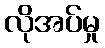
လိုအပ်မှု